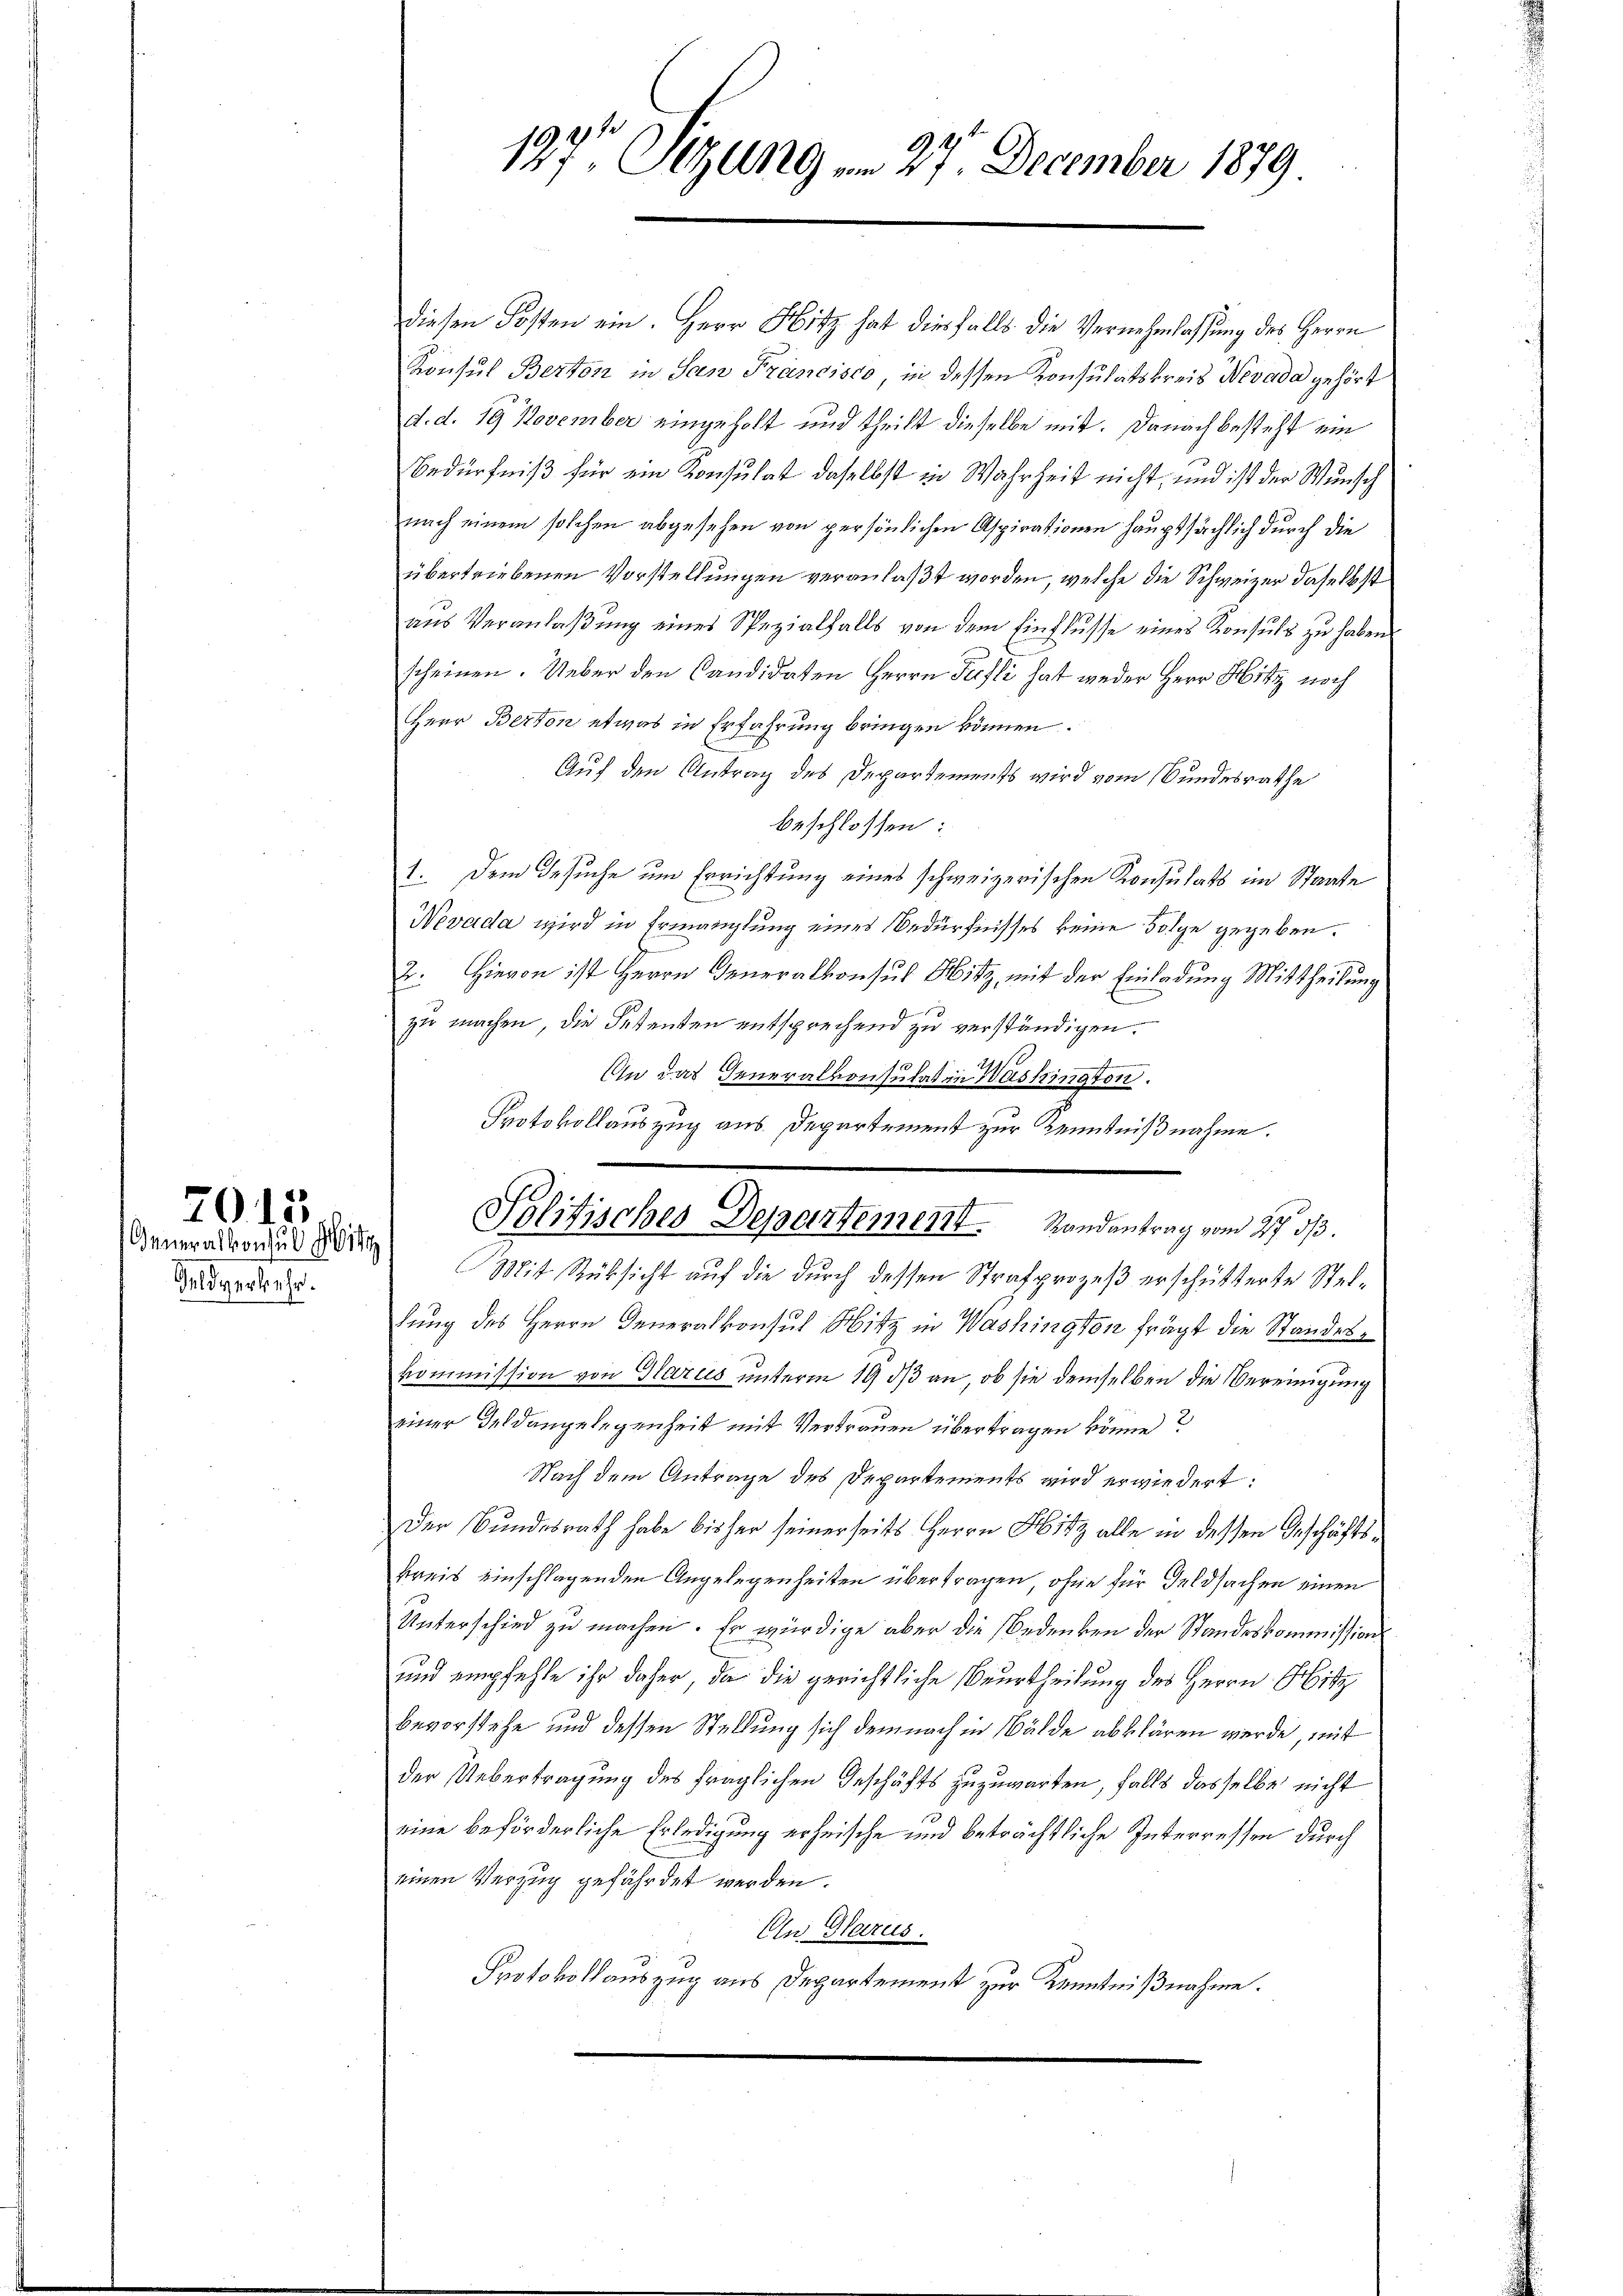
Geldverkehr.

2015
Generalkonsul Hitz

137 Sizung u. 27. December 1879

Protokollauszug aus Departement zur Kenntnißnahme.
Politisches Departement. Randantrag vom 27. ds

diesen Kosten ein. Herr Hitz hat diesfalls die Vernehmlassung des Herrn
Konsul Berton in San Francisco in dessen Konsulatskreis Nevada gehört
d. d. 19 November eingeholt und theilt dieselbe mit. Danach besteht ein
Bedürfniß für ein Konsulat daselbst in Wahrheit nicht, und ist der Wunsch
nach einem solchen abgesehen von persönlichen Aspirationen hauptsächlich durch die
übertriebenen Vorstellungen veranlaßt worden, welche die Schweizer daselbst
aus Veranlaßung eines Spezialfalls von dem Einflusse eines Konsuls zu haben
scheinen. Ueber den Candidaten Herrn Pechli hat weder Herr Hitz noch
Herr Berton etwas in Erfahrung bringen können.
Auf den Antrag des Departements wird vom Bundesrathe
beschlossen:
1. Dem Gesuche um Errichtung eines schweizerischen Konsulats im Staate
Nevada wird in Ermanglung eines Bedürfnisses keine Folge gegeben.
2. Hievon ist Herrn Generalkonsul Hitz, mit der Einladung Mittheilung
zu machen, die Petenten entsprechend zu verständigen.
An das Generalkonsulat in Washington.
Mit Rüksicht auf die durch dessen Strafprozeß erschütterte Stellung des Herrn Generalkonsul Hitz in Washington frägt die Standeskommission von Glarus unterm 19 1/3 an, ob sie demselben die Vereinigung
einer Feldangelegenheit mit Vertrauen übertragen könne?
Nach dem Antrage des Departements wird erwiedert:
Der Bundesrath habe bisher seinerseits Herrn Hitz alle in dessen Geschäftskreis einschlagenden Angelegenheiten übertragen, ohne für Geldsachen einen
Unterschied zu machen. Er würdige aber die Bedenken der Standeskommission
und empfehle ihr daher, da die gerichtliche Beurtheilung des Herrn Hitz
bevorstehe und dessen Stellung sich demnach in Wälde abklären werde, mit
der Uebertragung des fraglichen Geschäfts zuzuwarten, falls dasselbe nicht
1
eine beförderliche Erledigung erheische und beträchtliche Interressen durch
einen Verzug gefährdet werden.
Cn Glarus.
Protokollauszug aus Departement zur Kenntnißnahme.